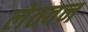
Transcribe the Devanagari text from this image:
लेतवन